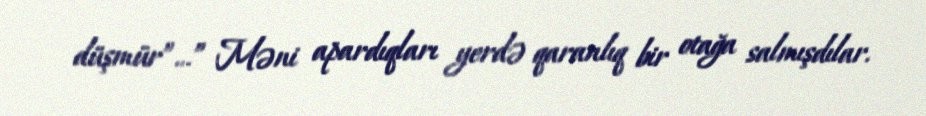
düşmür”…” Məni apardıqları yerdə qaranlıq bir otağa salmışdılar.